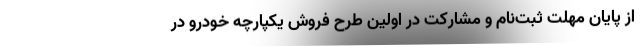
از پایان مهلت ثبت‌نام و مشارکت در اولین طرح فروش یکپارچه خودرو در